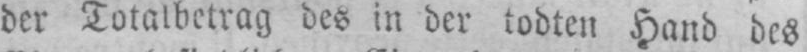
der Totalbetrag des in der todten Hand des